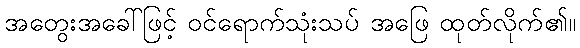
အတွေးအခေါ်ဖြင့် ဝင်ရောက်သုံးသပ် အဖြေ ထုတ်လိုက်၏။